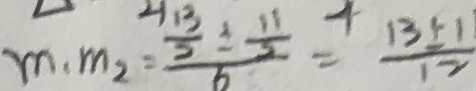
m _ { 1 } m _ { 2 } = \frac { \frac { 3 } { 2 } + \frac { 1 } { 2 } } { 6 } = \frac { 1 3 \pm 1 } { 1 2 }